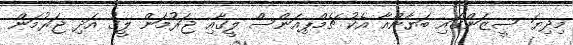
މިދިޔަ ސީޒަންގައި ބަޔާންއާ އެކު ޗެމްޕިއަންސް ލީގާއި ޖަރުމަން ލީގު އަދި ޖަރުމަން